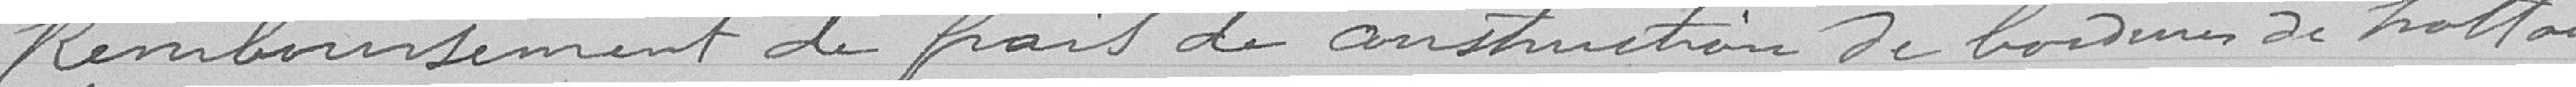
Remboursement de frais de construction de bordures de trottoirs